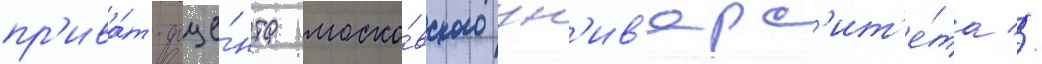
пр'ива́т-доце́нта моско́вского ун'ив'ерс'ит'е́та //